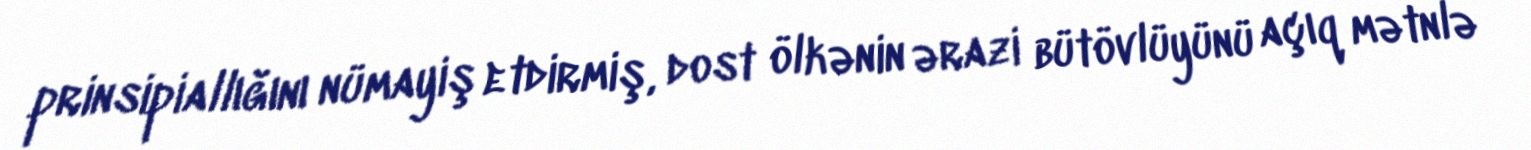
prinsipiallığını nümayiş etdirmiş, dost ölkənin ərazi bütövlüyünü açıq mətnlə